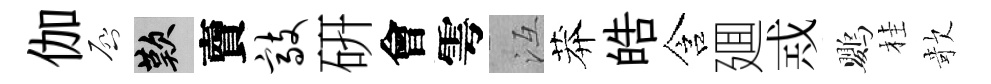
伽啓嘆𧶠敲硏會雩冱莽皓含廽𢦶鸚桂欹